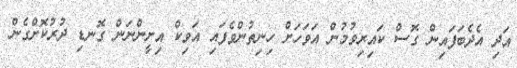
އަދި އެދެބަފައިން ގޮސް ކައިރިވުމުން އަވަހަށް ހިނިތުންވެފައި އަވިކް އިށީންނަން ގޮނޑި ދުރުކޮށްގެން